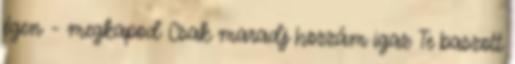
égen – megkapod Csak maradj hozzám igaz Te baszott